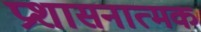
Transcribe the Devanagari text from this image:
प्रशासनात्मक